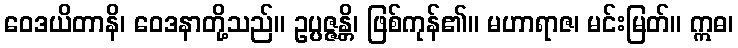
ဝေဒယိတာနိ၊ ဝေဒနာတို့သည်။ ဥပ္ပဇ္ဇန္တိ၊ ဖြစ်ကုန်၏။ မဟာရာဇ၊ မင်းမြတ်။ ဣဓ၊